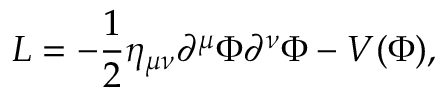
L = - \frac { 1 } { 2 } \eta _ { \mu \nu } \partial ^ { \mu } \Phi \partial ^ { \nu } \Phi - V ( \Phi ) ,